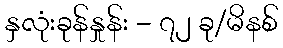
နှလုံးခုန်နှုန်း - ၇၂ ခု/မိနစ်